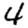
Digit: 4